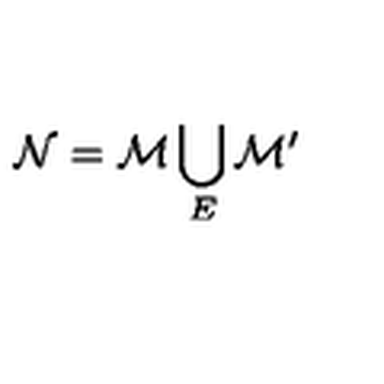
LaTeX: { \cal N } = { \cal M } \bigcup _ { E } { \cal M } ^ { \prime }